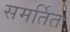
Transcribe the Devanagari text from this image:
समर्तित